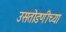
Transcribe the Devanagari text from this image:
उसतोडणीच्या